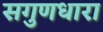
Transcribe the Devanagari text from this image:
सगुणधारा